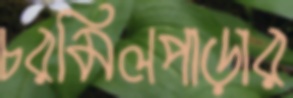
চরমিলপাড়ার